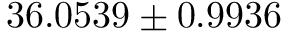
3 6 . 0 5 3 9 \pm 0 . 9 9 3 6